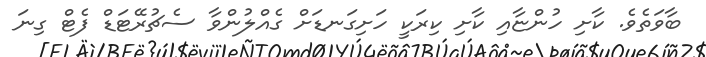
ބާވަތެވެ. ކާށި ހުންޏާއި ކާށި ކިރަކީ ހަށިގަނޑަށް ގެއްލުންވާ ސެޗުރޭޓަޑް ފެޓް ގިނަ